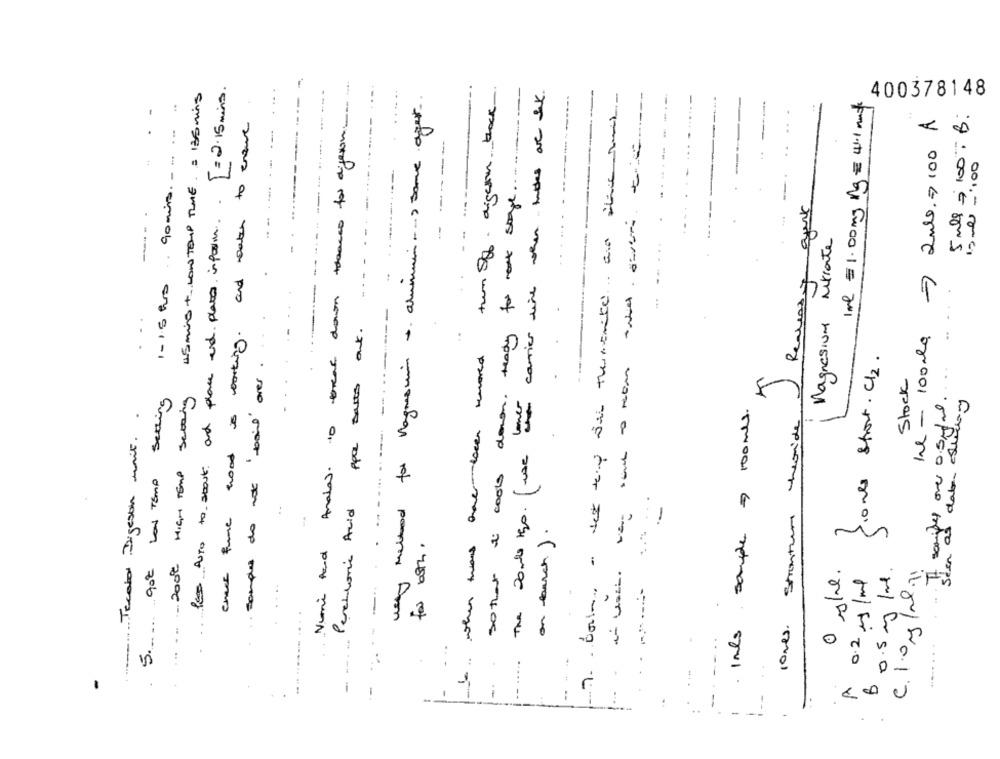
--------
feas Auto to stout and place and places inform ... ] = 2.15 mins.
The 20 mls to. ( use the carrier wine when lukkes are SK.
45 mins +. LOW TEMP TIME . = 135 mins
...
Numi Rand Anala to thatdown theasso for dijeron
wany method for Magresun & alumin -- > some ager.
turn Off. digesim check
sothat it costs down ready for styl ..........
400378148
........
-
1ml €1.00mg Mg = 41.1 mass
5 mls = 100. B.
to ensure
7 2ml>100 A
.
.-
.. 90mins. - "
---
15 ml - ' 100
-.
Realeasy agent
..
chace fume hood is working and watch
..
...
Magnesium Nitrate
1-1.5 hrs
..
--
Perchloric Acid ppa satts out.
le- 100mg
when thans have been removed
sample do not bail ores.
....
10mls Short. Cl2.
Stock
got Low Temp Setting
..... . 2000 HIGH TEMP Setting
samples over 0.5mg/ml.
dat swing
Tecolor Digeson mnie ..
sothat it costs down
100 mls.
theoride
....---.
Startum
Sten as
:
1
1
on march ) .
Ints souple
for both.
mis
C. 1.0 mg/ml .11
0.2 mg/ml
0.5 mg /ml.
romes.
TH
..... . ..
.. .....
--
-
... .
-
-.
B
-
..
800
-
-
.